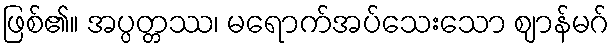
ဖြစ်၏။ အပ္ပတ္တဿ၊ မရောက်အပ်သေးသော ဈာန်မဂ်